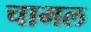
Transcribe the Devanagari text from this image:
चामल